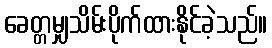
ခေတ္တမျှသိမ်းပိုက်ထားနိုင်ခဲ့သည်။